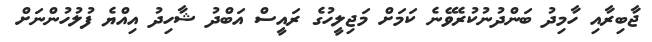
ޖާބިރާއި ހާމިދު ބަންދުނުކުރެވޭނެ ކަމަށް މަޖިލީހުގެ ރައީސް އަބްދު ޝާހިދު އިއްޔެ ފުލުހުންނަށް